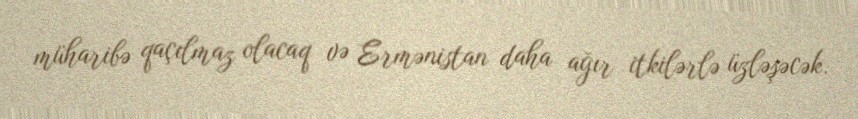
müharibə qaçılmaz olacaq və Ermənistan daha ağır itkilərlə üzləşəcək.